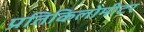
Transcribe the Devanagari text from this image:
प्रतिकिलोमीटर